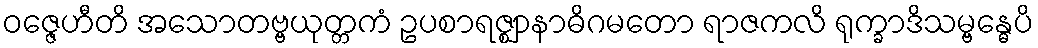
ဝဇ္ဇေဟီတိ အသောတဗ္ဗယုတ္တကံ ဥပစာရဇ္ဈာနာဓိဂမတော ရာဇကလိ ရုက္ခာဒိသမ္ဗန္ဓေပိ